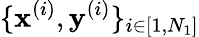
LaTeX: \{ \textbf{x}^{(i)},\textbf{y}^{(i)}\} _{i\in[1,N_{1}]}